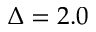
\Delta = 2 . 0